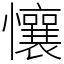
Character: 懹